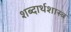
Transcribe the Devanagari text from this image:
शब्दार्थशास्त्र